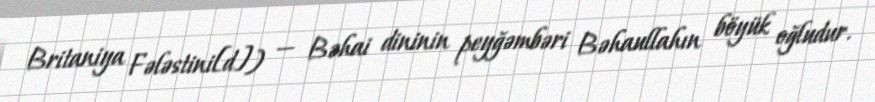
Britaniya Fələstini[d]) — Bəhai dininin peyğəmbəri Bəhaullahın böyük oğludur.